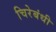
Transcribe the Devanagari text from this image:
चिरेबंधी